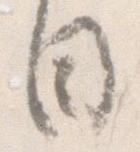
目